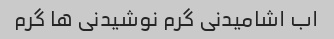
اب اشامیدنی گرم نوشیدنی ها گرم